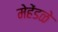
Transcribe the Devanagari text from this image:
मेहेंडळे